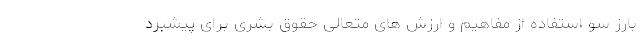
بارز سو استفاده از مفاهیم و ارزش های متعالی حقوق بشری برای پیشبرد